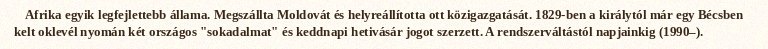
Afrika egyik legfejlettebb állama. Megszállta Moldovát és helyreállította ott közigazgatását. 1829-ben a királytól már egy Bécsben kelt oklevél nyomán két országos "sokadalmat" és keddnapi hetivásár jogot szerzett. A rendszerváltástól napjainkig (1990–).